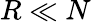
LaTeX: R\ll N